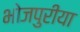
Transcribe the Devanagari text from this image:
भोजपुरीया